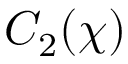
C _ { 2 } ( \chi )